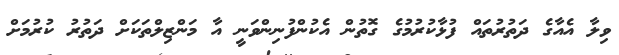
ވިލާ އެއާގެ ދަތުރުތައް ފުޅާކުރުމުގެ ގޮތުން އެކުންފުނިންވަނީ އާ މަންޒިލްތަކަށް ދަތުރު ކުރުމަށް